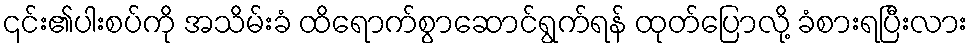
၎င်း၏ပါးစပ်ကို အသိမ်းခံ ထိရောက်စွာဆောင်ရွက်ရန် ထုတ်ပြောလို့ ခံစားရပြီးလား